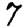
Digit: 7